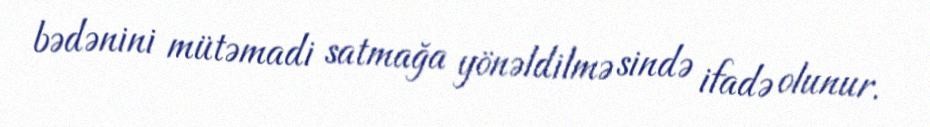
bədənini mütəmadi satmağa yönəldilmə sində ifadə olunur.